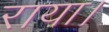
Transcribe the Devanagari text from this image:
राया।